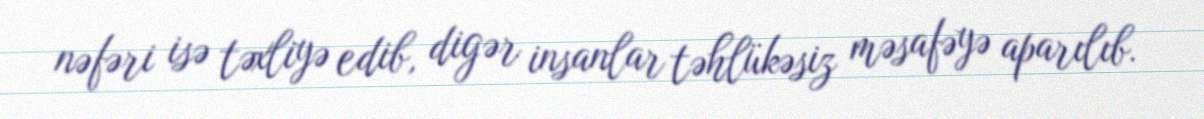
nəfəri isə təxliyə edib, digər insanlar təhlükəsiz məsafəyə aparılıb.